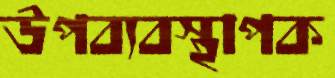
উপব্যবস্থাপক